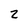
Character: z